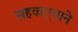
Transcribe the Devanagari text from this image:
सहकार्‍याने